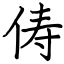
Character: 俦